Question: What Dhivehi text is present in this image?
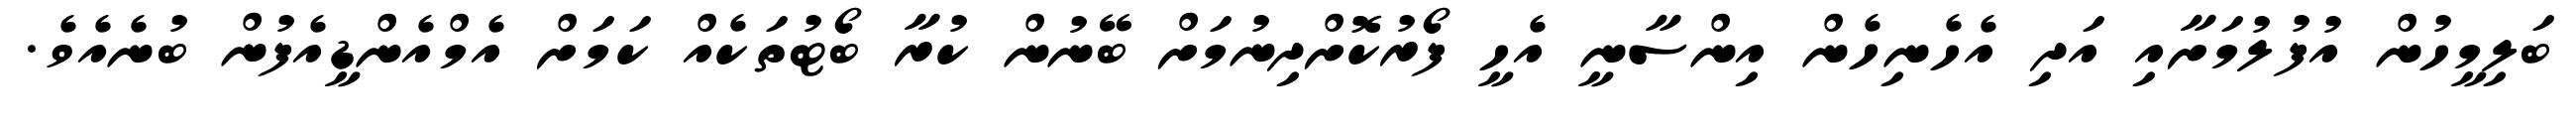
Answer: ބަލިމީހުން އުފުލުމަށާއި އަދި އެހެނިހެން އިންސާނީ އެހީ ފޯރުކޮށްދިނުމަށް ބޭނުން ކުރާ ބޯޓުތަކެއް ކަމަށް އެމްއެންޑީއެފުން ބުނެއެވެ.